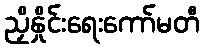
ညှိနှိုင်းရေးကော်မတီ